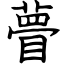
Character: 瞢